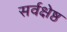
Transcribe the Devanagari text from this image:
सर्वक्षेष्ठ